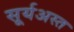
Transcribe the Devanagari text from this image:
सूर्यअस्त